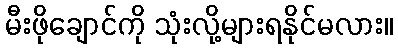
မီးဖိုချောင်ကို သုံးလို့များရနိုင်မလား။